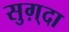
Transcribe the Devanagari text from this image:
सुग़्दा